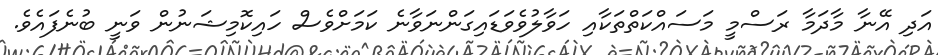
އަދި އޭނާ މާދަމާ ރަސްމީ މަސައްކަތްތަކާއި ހަވާލުވެވަޑައިގަންނަވާނެ ކަމަށްވެސް ހައިކޮމިޝަނުން ވަނީ ބުނެފައެވެ.